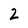
Character: 2